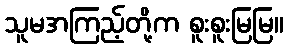
သူမအကြည့်တို့က စူးစူးမြမြ။